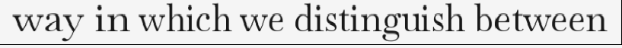
way in which we distinguish between